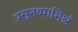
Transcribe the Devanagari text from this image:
प्रसूनव्यामिश्रं